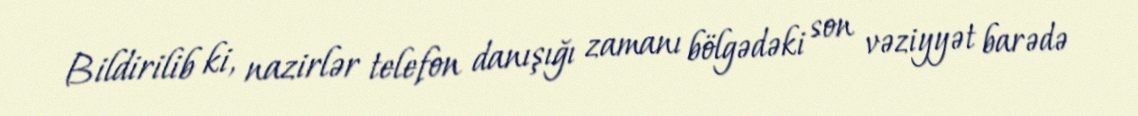
Bildirilib ki, nazirlər telefon danışığı zamanı bölgədəki son vəziyyət barədə